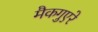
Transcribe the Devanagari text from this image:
मैकगुएरे